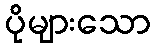
ပိုများသော